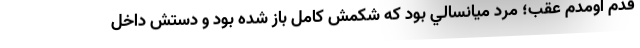
قدم اومدم عقب؛ مرد ميانسالي بود كه شكمش كامل باز شده بود و دستش داخل